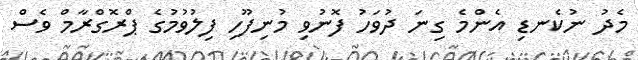
މެދު ނުކެނޑި އެންމެ ގިނަ ދުވަހު ފޮނުވި މުނިފޫހި ފިލުވުމުގެ ޕްރޮގްރާމް ވެސް